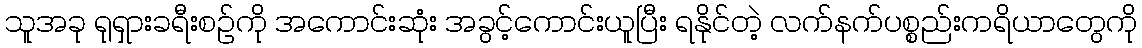
သူအခု ရုရှားခရီးစဉ်ကို အကောင်းဆုံး အခွင့်ကောင်းယူပြီး ရနိုင်တဲ့ လက်နက်ပစ္စည်းကရိယာတွေကို